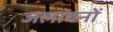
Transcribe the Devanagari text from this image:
जलावनों